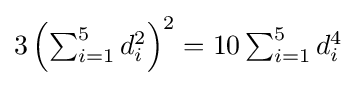
3\left(\textstyle \sum _{i=1}^{5}d_{i}^{2}\right)^{2}=10\textstyle \sum _{i=1}^{5}d_{i}^{4}